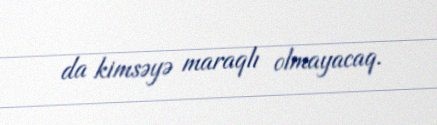
da kimsəyə maraqlı olmayacaq.